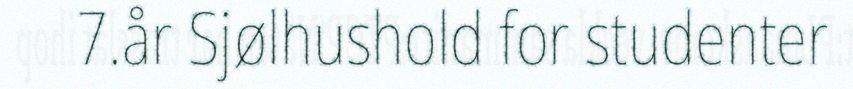
7.år Sjølhushold for studenter